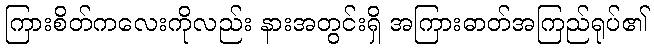
ကြားစိတ်ကလေးကိုလည်း နားအတွင်းရှိ အကြားဓာတ်အကြည်ရုပ်၏